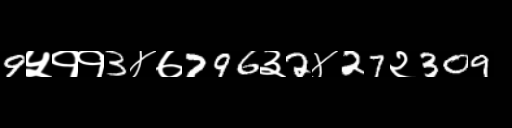
Text: 9५११3४७796३2४27२309